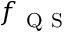
f _ { \mathrm { ~ Q ~ S ~ } }